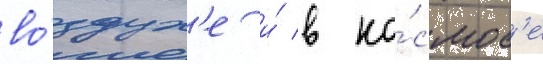
во́здух'е и́ в ко́смос'е